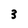
Character: 3